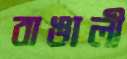
বাঙালী